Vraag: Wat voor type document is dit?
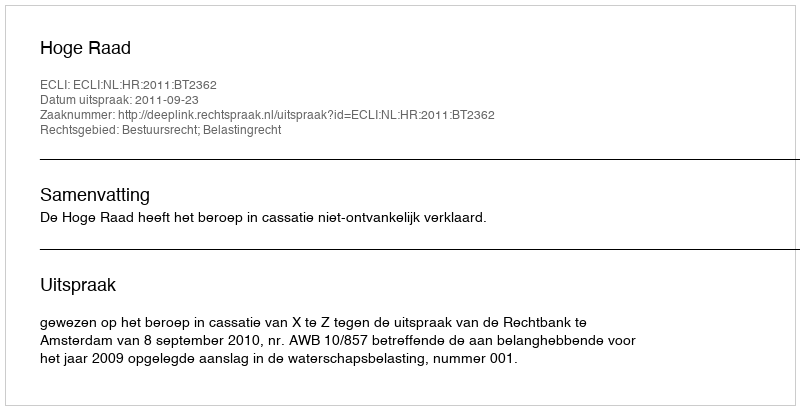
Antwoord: Uitspraak